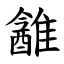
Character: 䨄